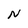
Character: N